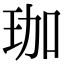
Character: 珈